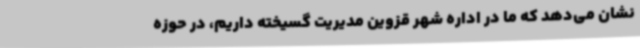
نشان می‌دهد که ما در اداره شهر قزوین مدیریت گسیخته داریم، در حوزه